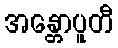
အန္တောပူတီ